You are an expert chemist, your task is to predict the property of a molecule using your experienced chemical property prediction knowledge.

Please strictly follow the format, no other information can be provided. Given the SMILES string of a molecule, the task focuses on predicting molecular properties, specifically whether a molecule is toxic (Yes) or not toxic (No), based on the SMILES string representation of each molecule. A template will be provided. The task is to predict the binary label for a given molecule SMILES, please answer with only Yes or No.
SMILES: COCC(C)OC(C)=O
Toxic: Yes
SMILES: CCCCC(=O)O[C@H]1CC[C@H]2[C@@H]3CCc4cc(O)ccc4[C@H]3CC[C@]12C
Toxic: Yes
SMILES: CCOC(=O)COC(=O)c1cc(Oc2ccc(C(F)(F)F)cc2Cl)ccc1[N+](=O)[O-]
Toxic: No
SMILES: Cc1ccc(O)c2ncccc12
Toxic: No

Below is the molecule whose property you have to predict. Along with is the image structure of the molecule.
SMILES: O=[N+]([O-])c1cccc(CCl)c1
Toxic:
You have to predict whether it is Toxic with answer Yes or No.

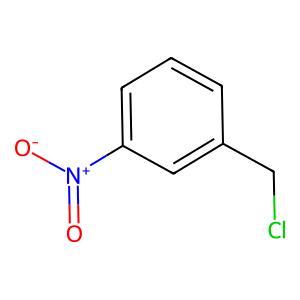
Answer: No